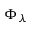
\Phi _ { \lambda }